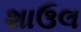
શાઉલ